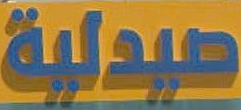
صيدلية